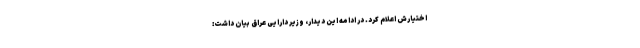
اختیارش اعلام کرد. در ادامه این دیدار، وزیر دارایی عراق بیان داشت: